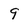
Character: 9